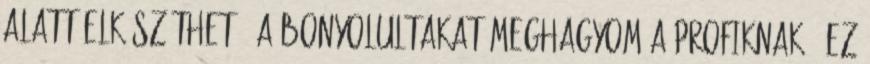
alatt elkészíthető, a bonyolultakat meghagyom a profiknak : Ez